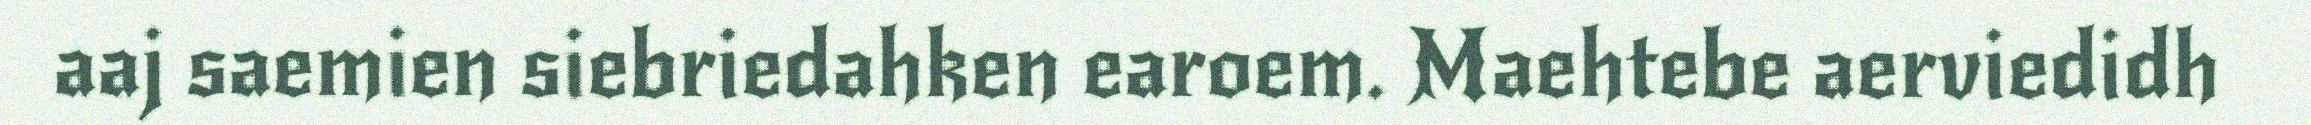
aaj saemien siebriedahken earoem. Maehtebe aerviedidh